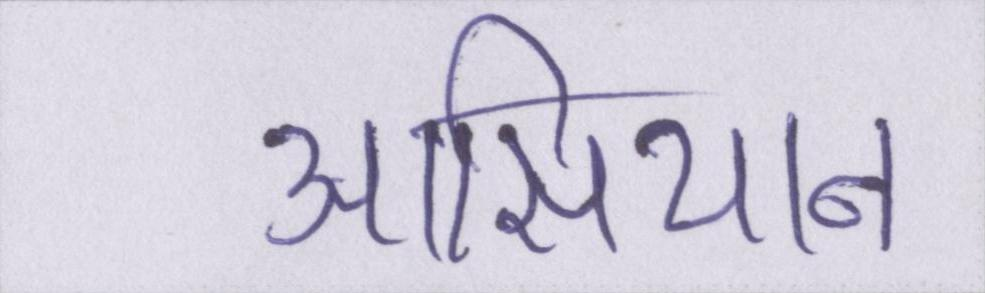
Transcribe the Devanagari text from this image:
आसियान